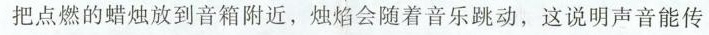
把点燃的蜡烛放到音箱附近，烛焰会随着音乐跳动，这说明声音能传